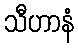
သီဟာနံ